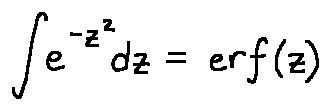
\int e ^ { - z ^ { 2 } } d z = e r f ( z )